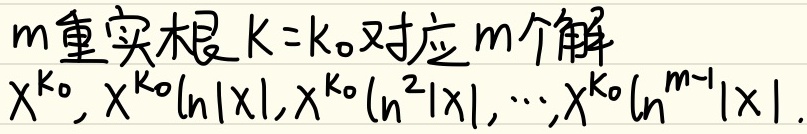
$m$重实根$K = k_0$对应$m$个解：$x^{k_0},x^{k_0}\ln|x|,x^{k_0}\ln^{2}|x|,\cdots,x^{k_0}\ln^{m - 1}|x|$。